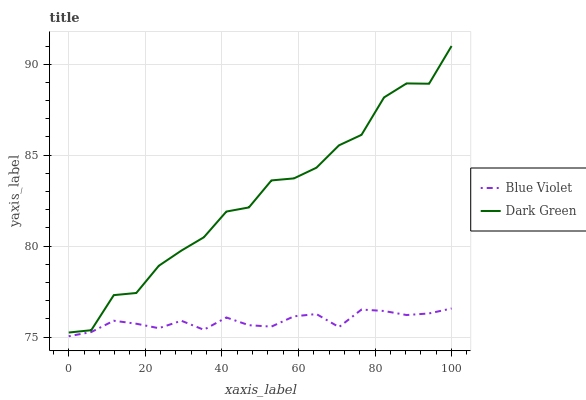
| xaxis_label | Blue Violet | Dark Green |
 | --- | --- | --- |
 | 0 | 75 | 75.3 |
 | 5.88 | 75.3 | 75.4 |
 | 11.8 | 75.9 | 77.3 |
 | 17.6 | 75.7 | 77.4 |
 | 23.5 | 75.5 | 78.9 |
 | 29.4 | 75.9 | 79.8 |
 | 35.3 | 75.4 | 80.5 |
 | 41.2 | 76.1 | 81.9 |
 | 47.1 | 75.7 | 82.1 |
 | 52.9 | 75.6 | 83.6 |
 | 58.8 | 76.1 | 83.7 |
 | 64.7 | 76.3 | 84.3 |
 | 70.6 | 75.6 | 85.5 |
 | 76.5 | 76.5 | 86.1 |
 | 82.4 | 76.4 | 88.2 |
 | 88.2 | 76.2 | 88.9 |
 | 94.1 | 76.3 | 88.9 |
 | 100 | 76.6 | 91 |